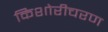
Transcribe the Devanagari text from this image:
किशोरीचरण